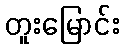
တူးမြောင်း